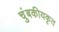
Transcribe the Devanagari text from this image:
चुंबकीयकृत